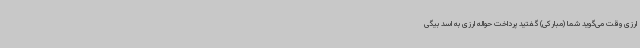
ارزی وقت می‌گوید شما (مبارکی) گفتید پرداخت حواله ارزی به اسد بیگی